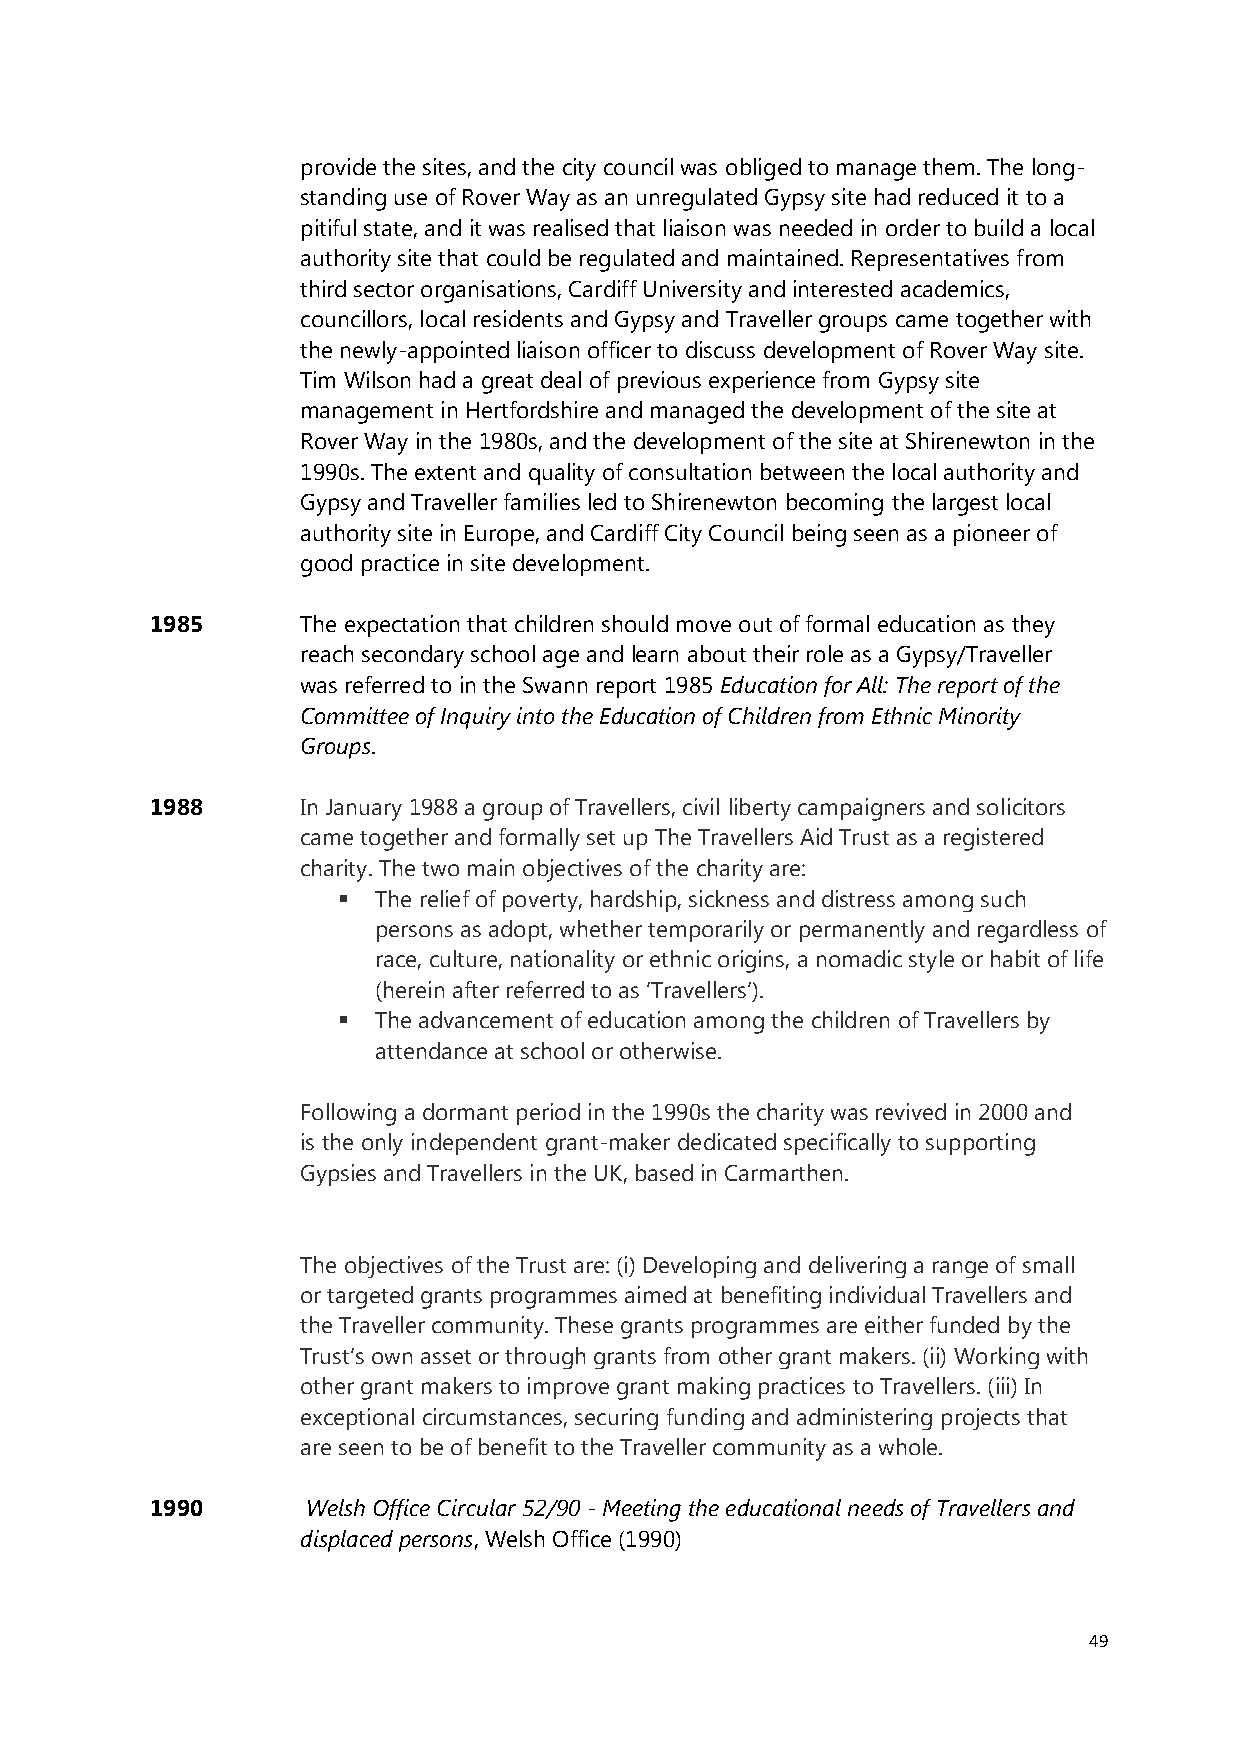
provide the sites, and the city council was obliged to manage them. The long-
 standing use of Rover Way as an unregulated Gypsy site had reduced it to a
 pitiful state, and it was realised that liaison was needed in order to build a local
 authority site that could be regulated and maintained. Representatives from
 third sector organisations, Cardiff University and interested academics,
 councillors, local residents and Gypsy and Traveller groups came together with
 the newly-appointed liaison officer to discuss development of Rover Way site.
 Tim Wilson had a great deal of previous experience from Gypsy site
 management in Hertfordshire and managed the development of the site at
 Rover Way in the 1980s, and the development of the site at Shirenewton in the
 1990s. The extent and quality of consultation between the local authority and
 Gypsy and Traveller families led to Shirenewton becoming the largest local
 authority site in Europe, and Cardiff City Council being seen as a pioneer of
 good practice in site development.
 1985      The expectation that children should move out of formal education as they
 reach secondary school age and learn about their role as a Gypsy/Traveller
 was referred to in the Swann report 1985 Education for All: The report of the
 Committee of Inquiry into the Education of Children from Ethnic Minority
 Groups.
 1988      In January 1988 a group of Travellers, civil liberty campaigners and solicitors
 came together and formally set up The Travellers Aid Trust as a registered
 charity. The two main objectives of the charity are:
   The relief of poverty, hardship, sickness and distress among such
 persons as adopt, whether temporarily or permanently and regardless of
 race, culture, nationality or ethnic origins, a nomadic style or habit of life
 (﴾herein after referred to as ‘Travellers’)﴿.
   The advancement of education among the children of Travellers by
 attendance at school or otherwise.
 Following a dormant period in the 1990s the charity was revived in 2000 and
 is the only independent grant-maker dedicated specifically to supporting
 Gypsies and Travellers in the UK, based in Carmarthen.
 The objectives of the Trust are: (i) Developing and delivering a range of small
 or targeted grants programmes aimed at benefiting individual Travellers and
 the Traveller community. These grants programmes are either funded by the
 Trust’s own asset or through grants from other grant makers. (ii) Working with
 other grant makers to improve grant making practices to Travellers. (iii) In
 exceptional circumstances, securing funding and administering projects that
 are seen to be of benefit to the Traveller community as a whole.
 1990      Welsh Office Circular 52/90 - Meeting the educational needs of Travellers and
 displaced persons, Welsh Office (1990)
 49